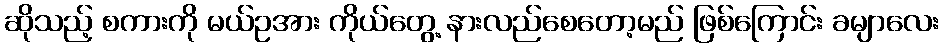
ဆိုသည့် စကားကို မယ်ဥအား ကိုယ်တွေ့ နားလည်စေတော့မည် ဖြစ်ကြောင်း ခမျာလေး